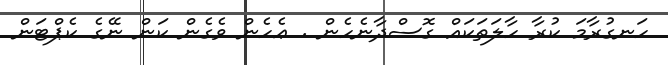
ހަނގުރާމަ ކުރާ ހާލަތަކައް ގޮސްދާނެހެން . ޢެހެން ވެގެން ކަން ނޭގެ ކެޕްޓަން